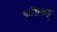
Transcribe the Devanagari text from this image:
कल्लिकट्टू